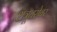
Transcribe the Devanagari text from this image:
शत्रूबरोबर